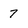
Character: 7